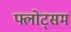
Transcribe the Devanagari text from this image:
फ्लोट्सम